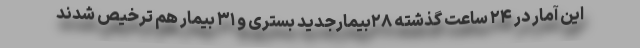
این آمار در ۲۴ ساعت گذشته ۲۸بیمارجدید بستری و ۳۱ بیمار هم ترخیص شدند